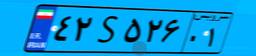
۴۲S۵۲۶۰۱